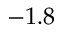
- 1 . 8